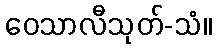
ဝေသာလီသုတ်-သံ။